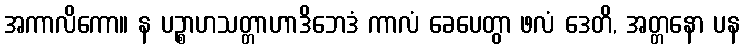
အကာလိကော။ န ပဉ္စာဟသတ္တာဟာဒိဘေဒံ ကာလံ ခေပေတွာ ဖလံ ဒေတိ, အတ္တနော ပန